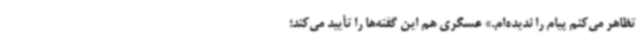
تظاهر می‌کنم پیام را ندیده‌ام.» عسگری هم این گفته‌ها را تأیید می‌کند؛